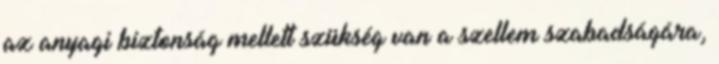
az anyagi biztonság mellett szükség van a szellem szabadságára,